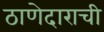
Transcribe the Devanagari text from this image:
ठाणेदाराची